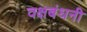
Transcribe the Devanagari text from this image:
वक्षबंधनी